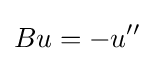
Bu=-u''